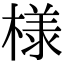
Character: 様